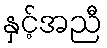
နှင့်အညီ